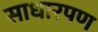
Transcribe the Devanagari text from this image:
साधारपण